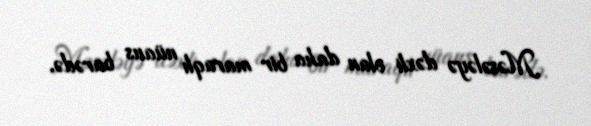
Məsələyə dəxli olan daha bir maraqlı nüans barədə.